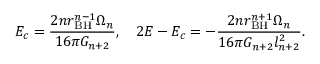
E _ { c } = \frac { 2 n r _ { \mathrm { B H } } ^ { n - 1 } \Omega _ { n } } { 1 6 \pi G _ { n + 2 } } , \ \ \ 2 E - E _ { c } = - \frac { 2 n r _ { \mathrm { B H } } ^ { n + 1 } \Omega _ { n } } { 1 6 \pi G _ { n + 2 } l _ { n + 2 } ^ { 2 } } .